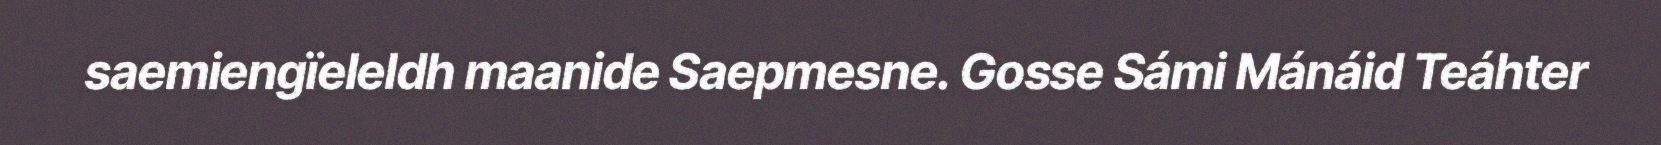
saemiengïeleldh maanide Saepmesne. Gosse Sámi Mánáid Teáhter